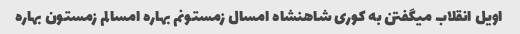
اویل انقلاب میگفتن به کوری شاهنشاه امسال زمستونم بهاره امسالم زمستون بهاره